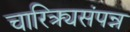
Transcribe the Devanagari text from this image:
चारित्र्यसंपन्न